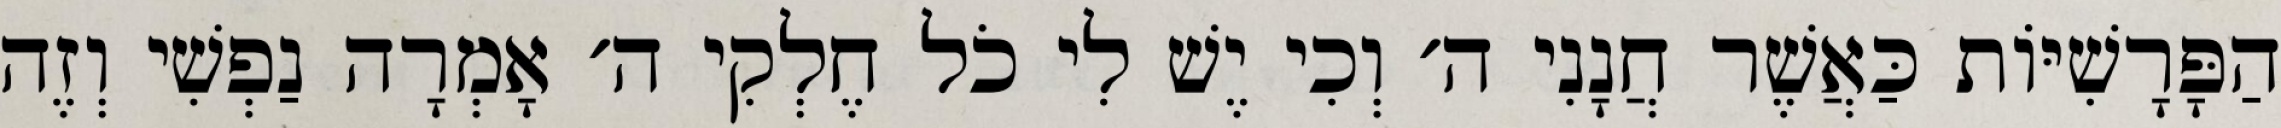
הַפָּרָשִׁיּוֹת כַּאֲשֶׁר חֲנָנִי ה׳ וְכִי יֶשׁ לִי כֹל חֶלְקִי ה׳ אָמְרָה נַפְשִׁי וְזֶה